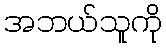
အဘယ်သူကို